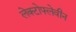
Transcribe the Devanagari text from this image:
लेक्टोफ्लेवीन